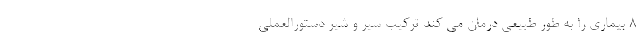
8 بیماری را به طور طبیعی درمان می کند ترکیب سیر و شیر دستورالعملی